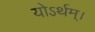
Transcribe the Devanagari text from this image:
योऽर्थम्।